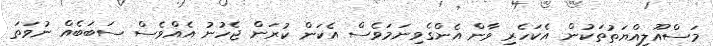
މަސްއޫލިއްޔަތުތަކުން އެކަހެރި ވާން އެންގެވިނަމަވެސް އެކަން ކުރަން ޖެހުނު އެއްވެސް ސަބަބެއް ނުވަތަ